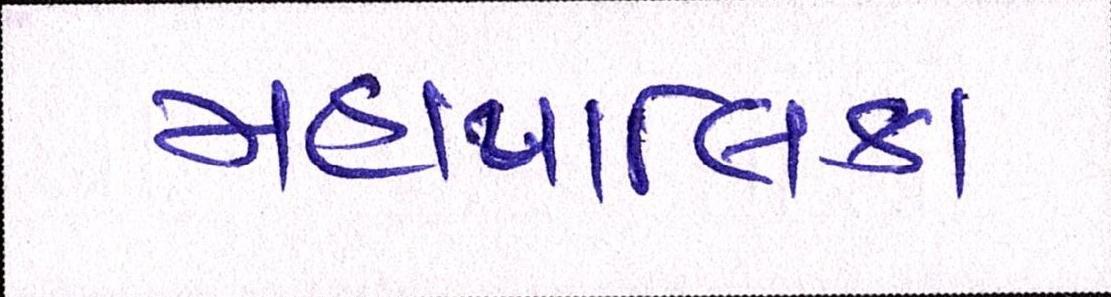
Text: મહાપાલિકા